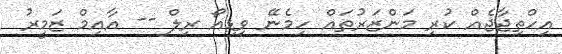
އިހްތިޖާޖެއް ކުރި މަންޒަރުތައް ހިމެނޭ ވިޑިއޯ ރިލް -- އާއިމް ޒަމީރު